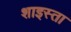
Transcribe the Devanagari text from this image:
शाइस्‍ता